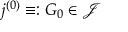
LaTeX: \d j ^ { ( 0 ) } \equiv : G _ { 0 } \in \mathcal { J }